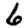
Digit: 6